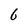
Character: 6